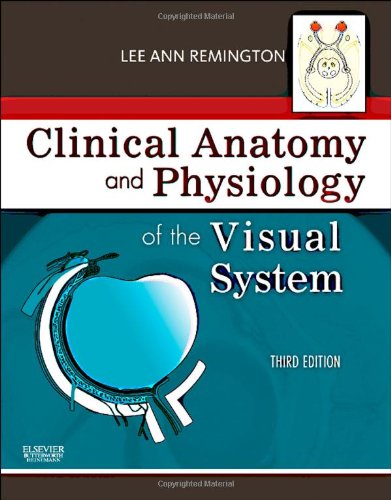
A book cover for Clinical Anatomy and Physiology of the Visual System, 3e; Lee Ann Remington OD  MS FAAO; Medical Books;